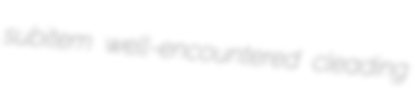
subitem well-encountered cleading